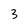
Character: 3